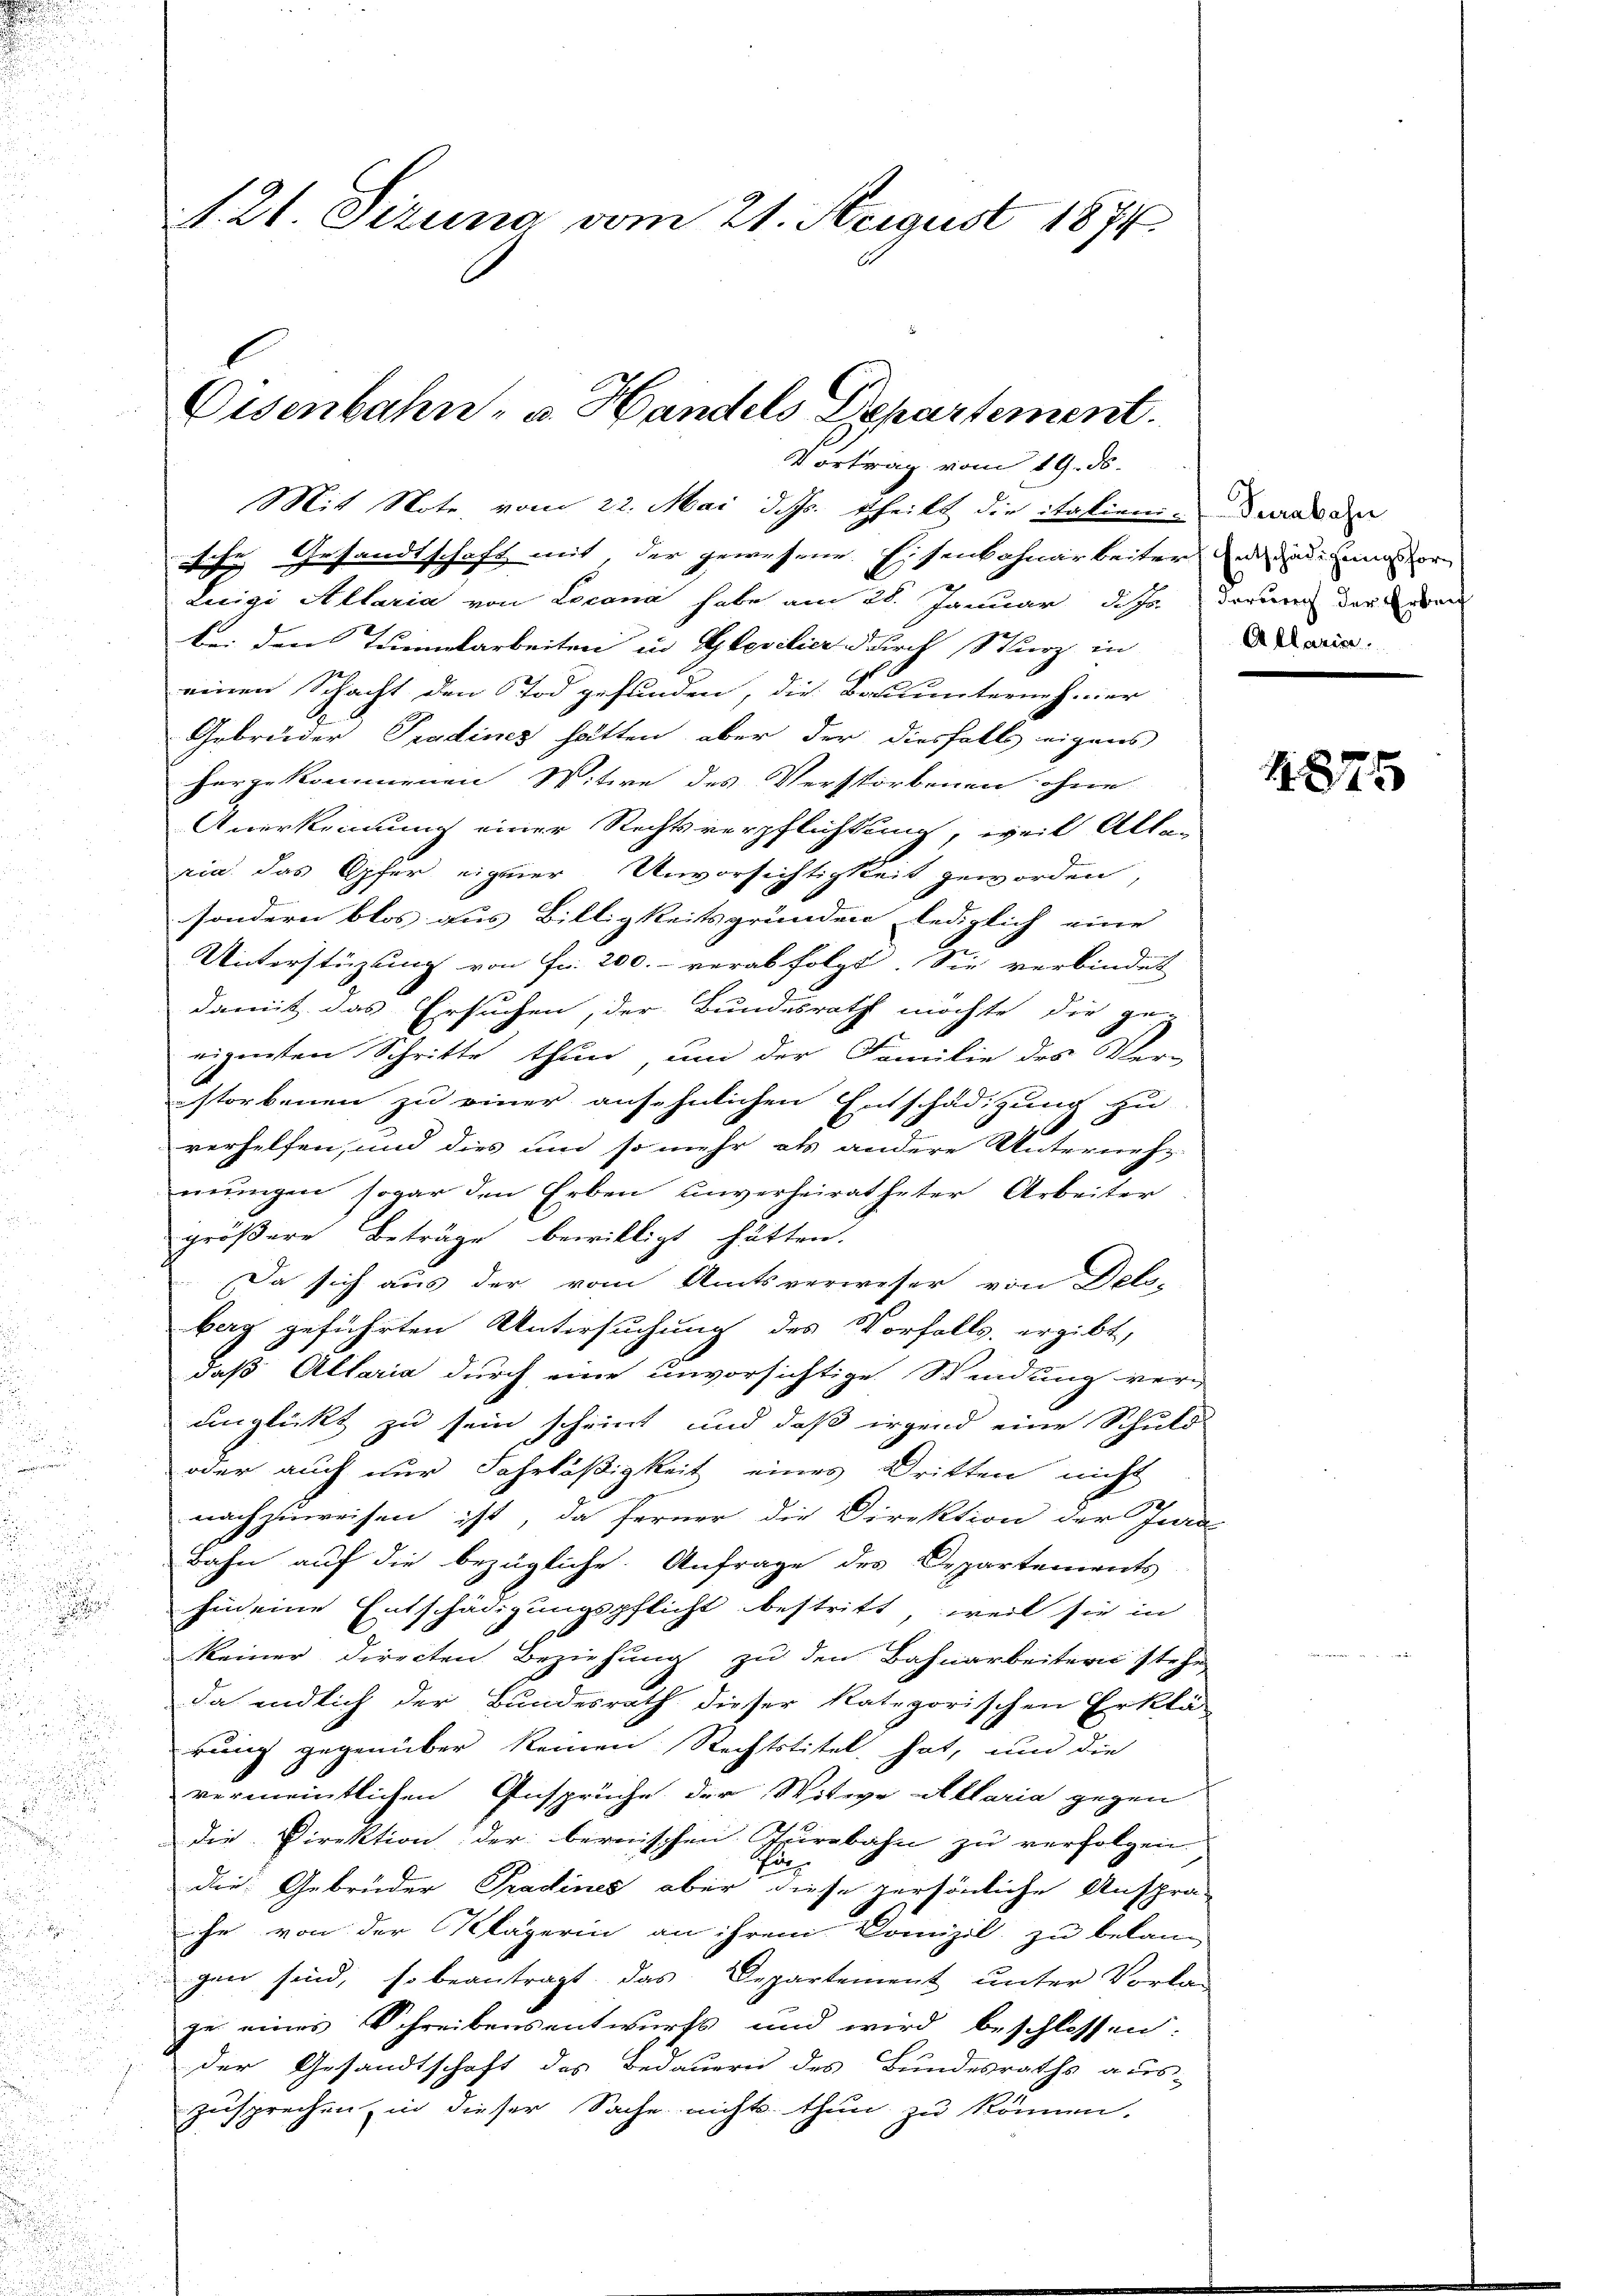
u
i

s

.

n
n

e

A 21. Sizung vom 21. Steigust 1874

Eisenbahn- u. Handels Departement.
Vortrag vom 19. ds.

Mit Note vom 22. Mai d. Js. theils die italien ders de
sche Gesandtschaft mit, der gewesene Eisenbahnarbeiter der einer
Lecigi Allaria von Locana habe am 28. Januar d. Js. darung der deren
bei den Transarbeiten in Gloritier durch Sturz in
einen Schacht den Tod gefunden, die Bauunternehmer
Gebrüder Pradines hätten, aber der diesfalls eigens
herzukommenen Witwe des Verstorbenen ohne
Anerkennung einer Rechtsverpflichtung, weil Alten
ria. das Opfer eigener Unvorsichtigkeit geworden,
sondern blos aus Billigkeitsgründen lediglich eine
Unterstüzung von Fr. 200. verabfolgt. Sie verbindet
damit das Ersuchen, der Bundesrath möchte die ge-
eigenten Schritte thun, um der Familie des Ver-
storbenen zu einer ansehnlichen Entschädigung zu
1
verhelfen, und dies und so mehr als andere Unternehmungen sogar den Erben unverheiratheter Arbeiter
größere Beträge bewilligt hätten.
Da sich aus der vom Amtsverweser von Dels-
berg geführten Untersuchung des Vorfalls, ergibt,
daß Altaria durch eine unvorsichtige Wendung verunglückt zu sein scheint, und daß irgend eine Schuld
oder auch nur Fahrläßigkeit eines Dritten nicht
nachzuweisen ist, da ferner die Direktion der Jura
Bahn auf die bezügliche Anfrage des Departements

hin eine Entschädigungspflicht bestritt, weil sie in
keiner Directen Beziehung zu den Bahnarbeitern stehe
da endlich der Bundesrath dieser kategorischen Erklä-
rung gegenüber keinen Rechtstitel hat, und die
u
vermeintlichen Ansprüche der Witwe Altaria gegen
die Direktion der bernischen Epirebahn zu verfolgen
Thur
die Gebrüder Pradines aber diese persönliche Anspra-
he von der Klägerin an ihrem Domizil zu belan-
gen sind, so beantragt das Departement unter Vorla-
zu eines Schreibensentwurfs und wird beschlossen:
der Gesandtschaft des Bedauern des Bundesraths aus-
zusprechen, in dieser Sache nichts thun zu können.

Allaria

1875